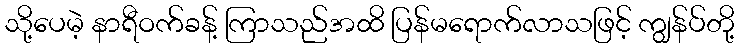
သို့ပေမဲ့ နာရီဝက်ခန့် ကြာသည်အထိ ပြန်မရောက်လာသဖြင့် ကျွန်ပ်တို့